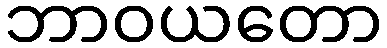
ဘာဝယတော